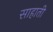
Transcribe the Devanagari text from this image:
साहाती